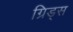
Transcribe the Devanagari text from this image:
ग्रिड्स